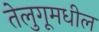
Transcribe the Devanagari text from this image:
तेलुगूमधील